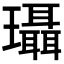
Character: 𰢚